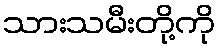
သားသမီးတို့ကို